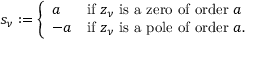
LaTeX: s _ { \nu } : = { \left\{ \begin{array} { l l } { a } & { { \mathrm { i f ~ } } z _ { \nu } { \mathrm { ~ i s ~ a ~ z e r o ~ o f ~ o r d e r ~ } } a } \\ { - a } & { { \mathrm { i f ~ } } z _ { \nu } { \mathrm { ~ i s ~ a ~ p o l e ~ o f ~ o r d e r ~ } } a . } \end{array} \right. }